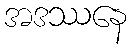
အဒဿနေ